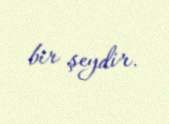
bir şeydir.